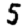
Digit: 5